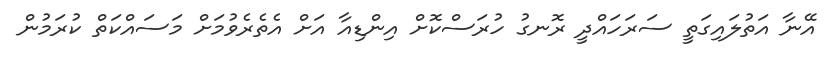
އޭނާ އަތުލައިގަތީ ސަރަހައްދީ ރޮނގު ހުރަސްކޮށް އިންޑިއާ އަށް އެތެރެވުމަށް މަސައްކަތް ކުރަމުން